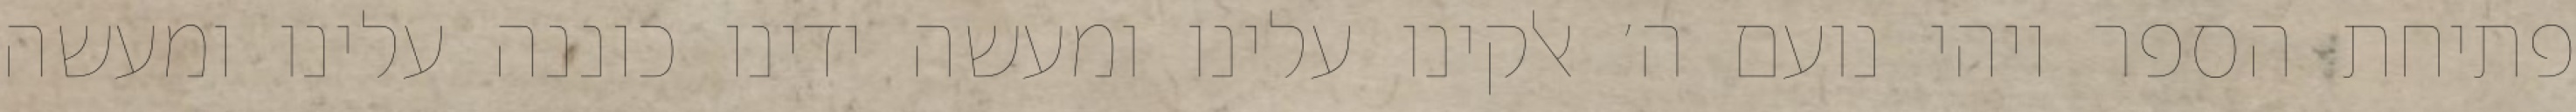
פתיחת הספר ויהי נועם ה׳ אלקינו עלינו ומעשה ידינו כוננה עלינו ומעשה